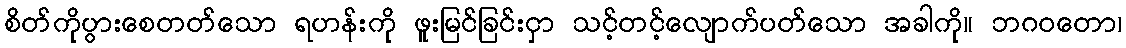
စိတ်ကိုပွားစေတတ်သော ရဟန်းကို ဖူးမြင်ခြင်းငှာ သင့်တင့်လျောက်ပတ်သော အခါကို။ ဘဂဝတော၊